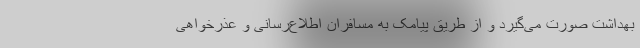
بهداشت صورت می‌گیرد و از طریق پیامک به مسافران اطلاع‌رسانی و عذرخواهی